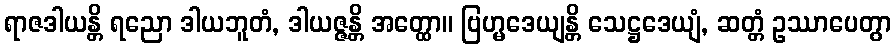
ရာဇဒါယန္တိ ရညော ဒါယဘူတံ, ဒါယဇ္ဇန္တိ အတ္ထော။ ဗြဟ္မဒေယျန္တိ သေဋ္ဌဒေယျံ, ဆတ္တံ ဥဿာပေတွာ